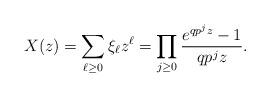
LaTeX: \begin{align*}X(z) = \sum_{\ell \ge 0} \xi_\ell z^\ell = \prod_{j\ge 0} \frac{e^{qp^jz} -1}{qp^j z}.\end{align*}